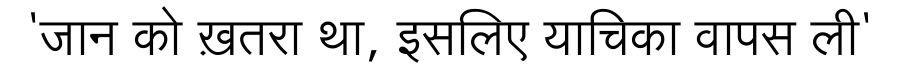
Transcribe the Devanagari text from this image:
'जान को ख़तरा था, इसलिए याचिका वापस ली'